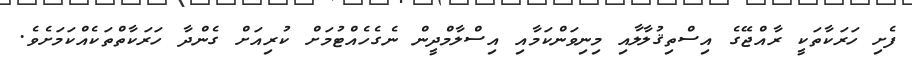
ފެށި ހަރަކާތަކީ ރާއްޖޭގެ އިސްތިޤުލާލާއި މިނިވަންކަމާއި އިސްލާމްދީން ނެގެހެއްޓުމަށް ކުރިއަށް ގެންދާ ހަރަކާތްތަކެއްކަމަށެވެ.